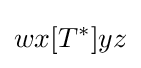
wx[T^{*}]yz